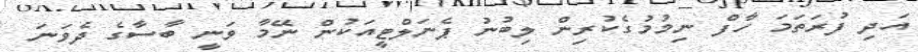
އަދި ފުރަތަމަ ހާފް ނިމުމުގެކުރިން ލިބުނު ޕެނަލްޓީއަކުން ނޭމާ ވަނީ ބާސާގެ ދެވަނަ